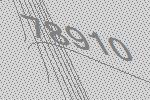
78910